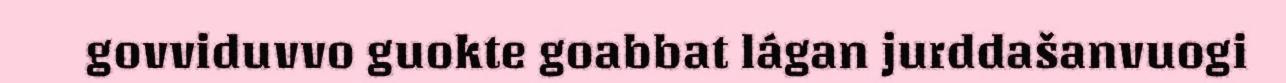
govviduvvo guokte goabbat lágan jurddašanvuogi